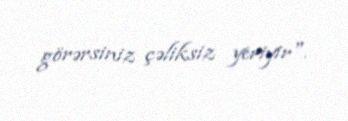
görərsiniz çəliksiz yeriyir".